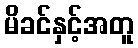
မိခင်နှင့်အတူ